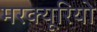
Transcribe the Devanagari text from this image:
मरक्यूरियो